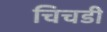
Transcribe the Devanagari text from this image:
चिचडी